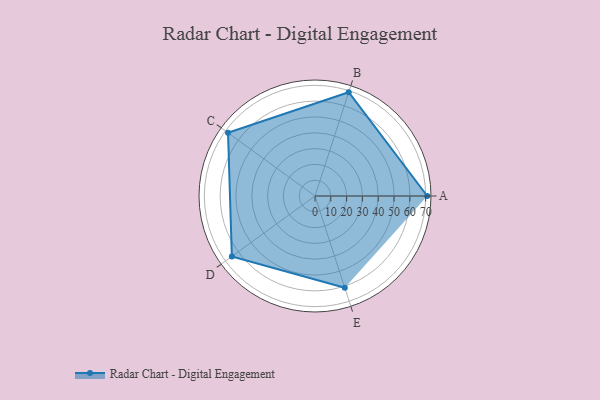
{"axis": {"x": "Skill", "y": "Score"}, "legend": ["Profile"], "data": [{"x": "A", "y": 71.0, "type": "Profile"}, {"x": "B", "y": 69.0, "type": "Profile"}, {"x": "C", "y": 68.0, "type": "Profile"}, {"x": "D", "y": 65.0, "type": "Profile"}, {"x": "E", "y": 61.0, "type": "Profile"}]}